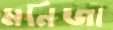
মনিজা